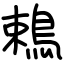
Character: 鵣